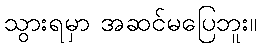
သွားရမှာ အဆင်မပြေဘူး။